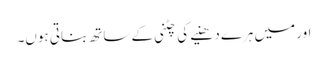
اور میں ہرے دھنیے کی چٹنی کے ساتھ بناتی ہوں۔